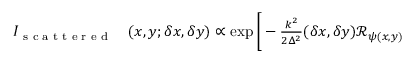
\begin{array} { r l } { I _ { \textrm { s c a t t e r e d } } } & { { } ( x , y ; \delta x , \delta y ) \propto \exp \Bigg [ - \frac { k ^ { 2 } } { 2 \Delta ^ { 2 } } ( \delta x , \delta y ) \mathcal { R } _ { \psi ( x , y ) } } \end{array}